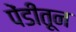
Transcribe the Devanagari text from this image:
पेंडीतून